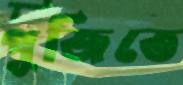
পূজিতে